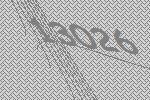
13026